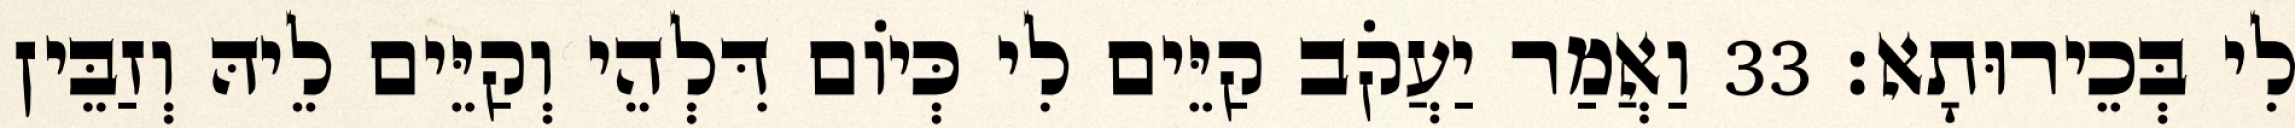
לִי בְּכֵירוּתָא׃ 33 וַאֲמַר יַעֲקֹב קַיֵּים לִי כְּיוֹם דִּלְהֵי וְקַיֵּים לֵיהּ וְזַבֵּין